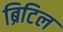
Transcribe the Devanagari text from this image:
ब्रिटिल